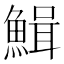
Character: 𩹫